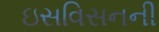
ઇસવિસનની